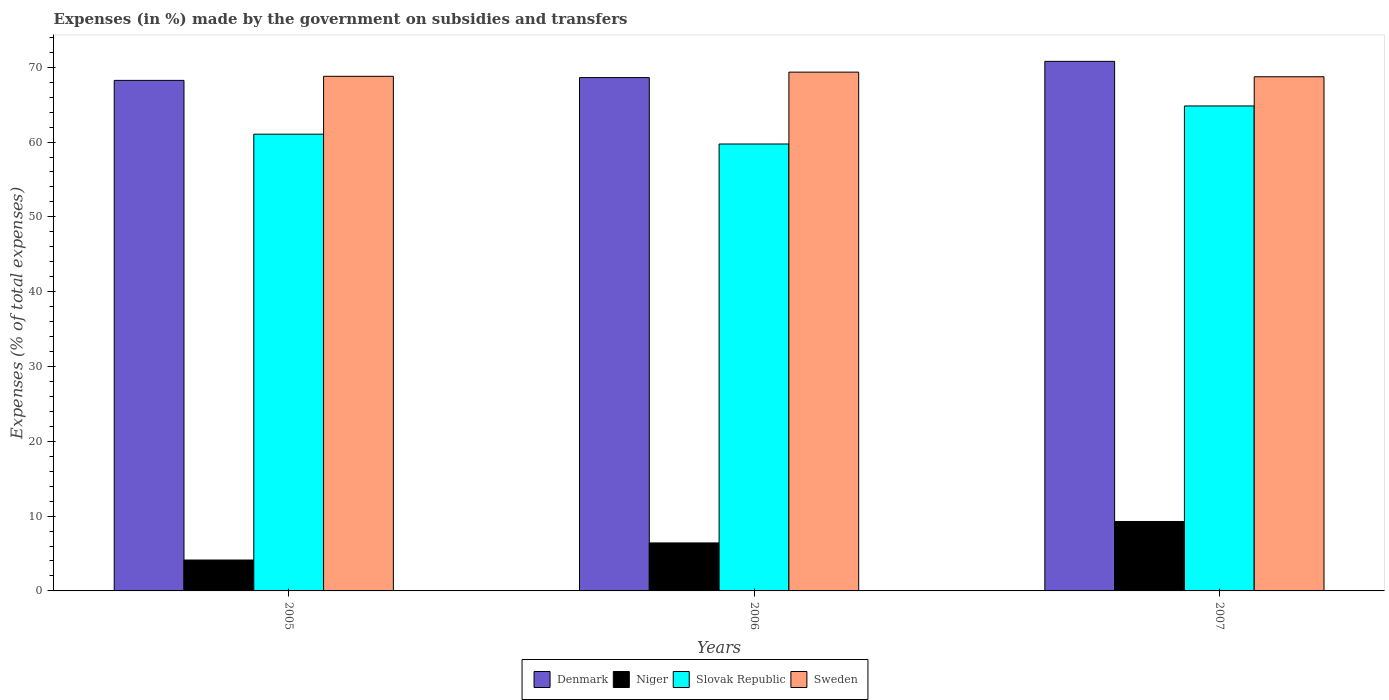
| Years | Denmark | Niger | Slovak Republic | Sweden |
 | --- | --- | --- | --- | --- |
 | 2005 | 68.2 | 4.13 | 61.1 | 68.8 |
 | 2006 | 68.6 | 6.42 | 59.7 | 69.3 |
 | 2007 | 70.8 | 9.28 | 64.8 | 68.7 |